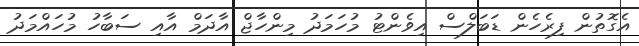
އެގޮތުން ފިރެހެން ޑަބަލްސް އިވެންޓު މުހަމަދު މިންހާޖް އާދަމް އާއި ސަބާހު މުހައްމަދު